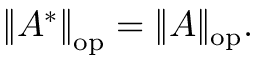
\left\| A ^ { * } \right\| _ { \mathrm { o p } } = \| A \| _ { \mathrm { o p } } .